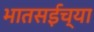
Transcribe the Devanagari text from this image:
भातसईच्या